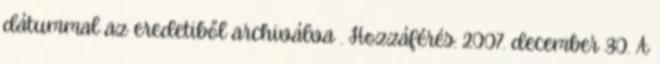
dátummal az eredetiből archiválva . Hozzáférés: 2007. december 30. A